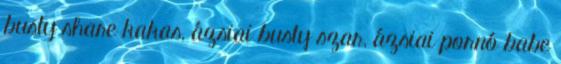
busty share kakas, ázsiai busty szar, ázsiai pornó babe